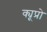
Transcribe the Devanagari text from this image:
क्यूप्रो